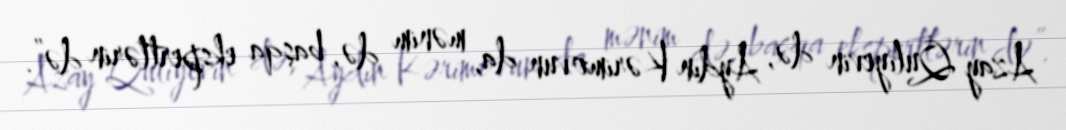
Azay Quliyevin də, Aydın Kərimovun da, mənim də, başqa ekspertlərin də”.